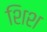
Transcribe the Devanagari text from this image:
शिश